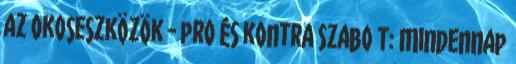
az okoseszközök - pro és kontra Szabo T: Mindennap